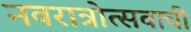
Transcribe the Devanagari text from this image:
नवरात्रोत्सवाची